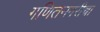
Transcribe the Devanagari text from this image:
गणितनगरीचा